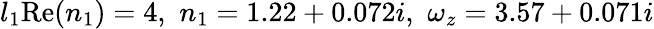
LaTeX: l_{1}\mathrm{Re}(n_{1})=4,\, \, n_{1}=1.22+0.072i,\, \, \omega_{z}=3.57+0.071i